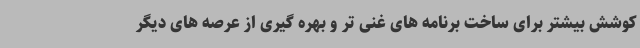
کوشش بیشتر برای ساخت برنامه های غنی تر و بهره گیری از عرصه های دیگر